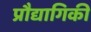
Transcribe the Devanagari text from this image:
प्रौद्यागिकी